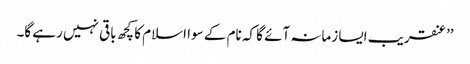
’’عنقریب ایسا زمانہ آئے گا کہ نام کے سوا اسلام کا کچھ باقی نہیں رہے گا۔